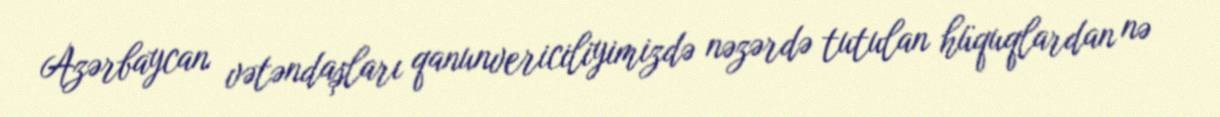
Azərbaycan vətəndaşları qanunvericiliyimizdə nəzərdə tutulan hüquqlardan nə